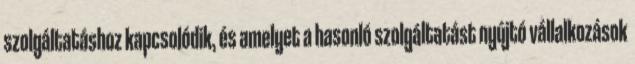
szolgáltatáshoz kapcsolódik, és amelyet a hasonló szolgáltatást nyújtó vállalkozások